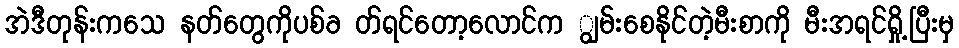
အဲဒီတုန်းကသေ နတ်တွေကိုပစ်ခ တ်ရင်တော့လောင်က ျွမ်းစေနိုင်တဲ့မီးစာကို မီးအရင်ရှို့ပြီးမှ